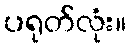
ပရုတ်လုံး။